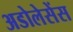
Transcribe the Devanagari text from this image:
अडोलेसेंस